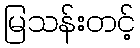
မြသန်းတင့်